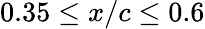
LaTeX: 0.35\leq x/c\leq 0.6